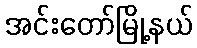
အင်းတော်မြို့နယ်